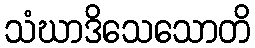
သံဃာဒိသေသောတိ